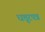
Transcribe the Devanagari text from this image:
धत्तूरपत्र